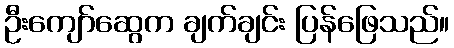
ဦးကျော်ဆွေက ချက်ချင်း ပြန်ဖြေသည်။